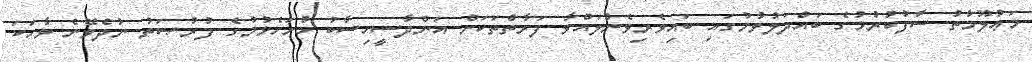
މަޢުލޫމާތު ސާފުކުރުމުގެ ބައްދަލުވުމުގައި ބައިވެރިވެނުލައްވާ ފަރާތްތަކަށް އަންދާސީހިސާބު ހުށަހެޅުމުގެ ފުރުޞަތު ނުދެވޭނެ ވާހަކަ